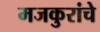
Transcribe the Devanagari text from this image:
मजकुरांचे